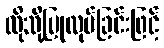
ထိုသို့ပြုလုပ်ခြင်းဖြင့်